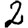
Digit: 2